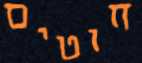
חוטים